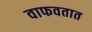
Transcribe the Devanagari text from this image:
वाफवतात